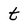
Character: t